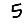
Digit: 5